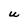
Character: U